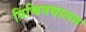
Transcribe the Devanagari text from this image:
विश्विवद्यालय